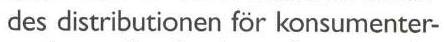
des distributionen för konsumenter-